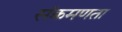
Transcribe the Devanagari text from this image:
संक्रमणता